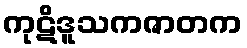
ကုဋိဒူသကဇာတက